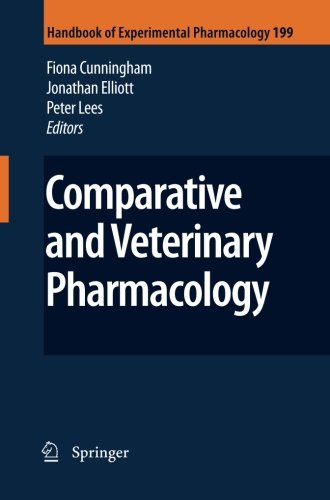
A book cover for Comparative and Veterinary Pharmacology (Handbook of Experimental Pharmacology) (Volume 199); Medical Books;